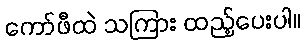
ကော်ဖီထဲ သကြား ထည့်ပေးပါ။